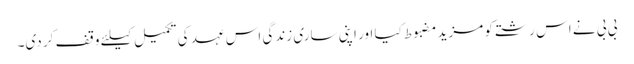
بی بی نے اس رشتے کو مزید مضبوط کیا اور اپنی ساری زندگی اس عہد کی تکمیل کیلئے وقف کر دی۔